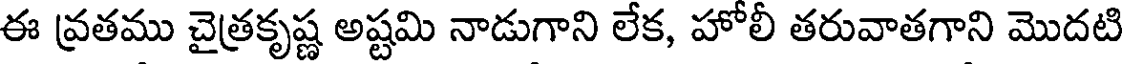
ఈ వ్రతము చైత్రకృష్ణ అష్టమి నాడుగాని లేక, హోలీ తరువాతగాని మొదటి